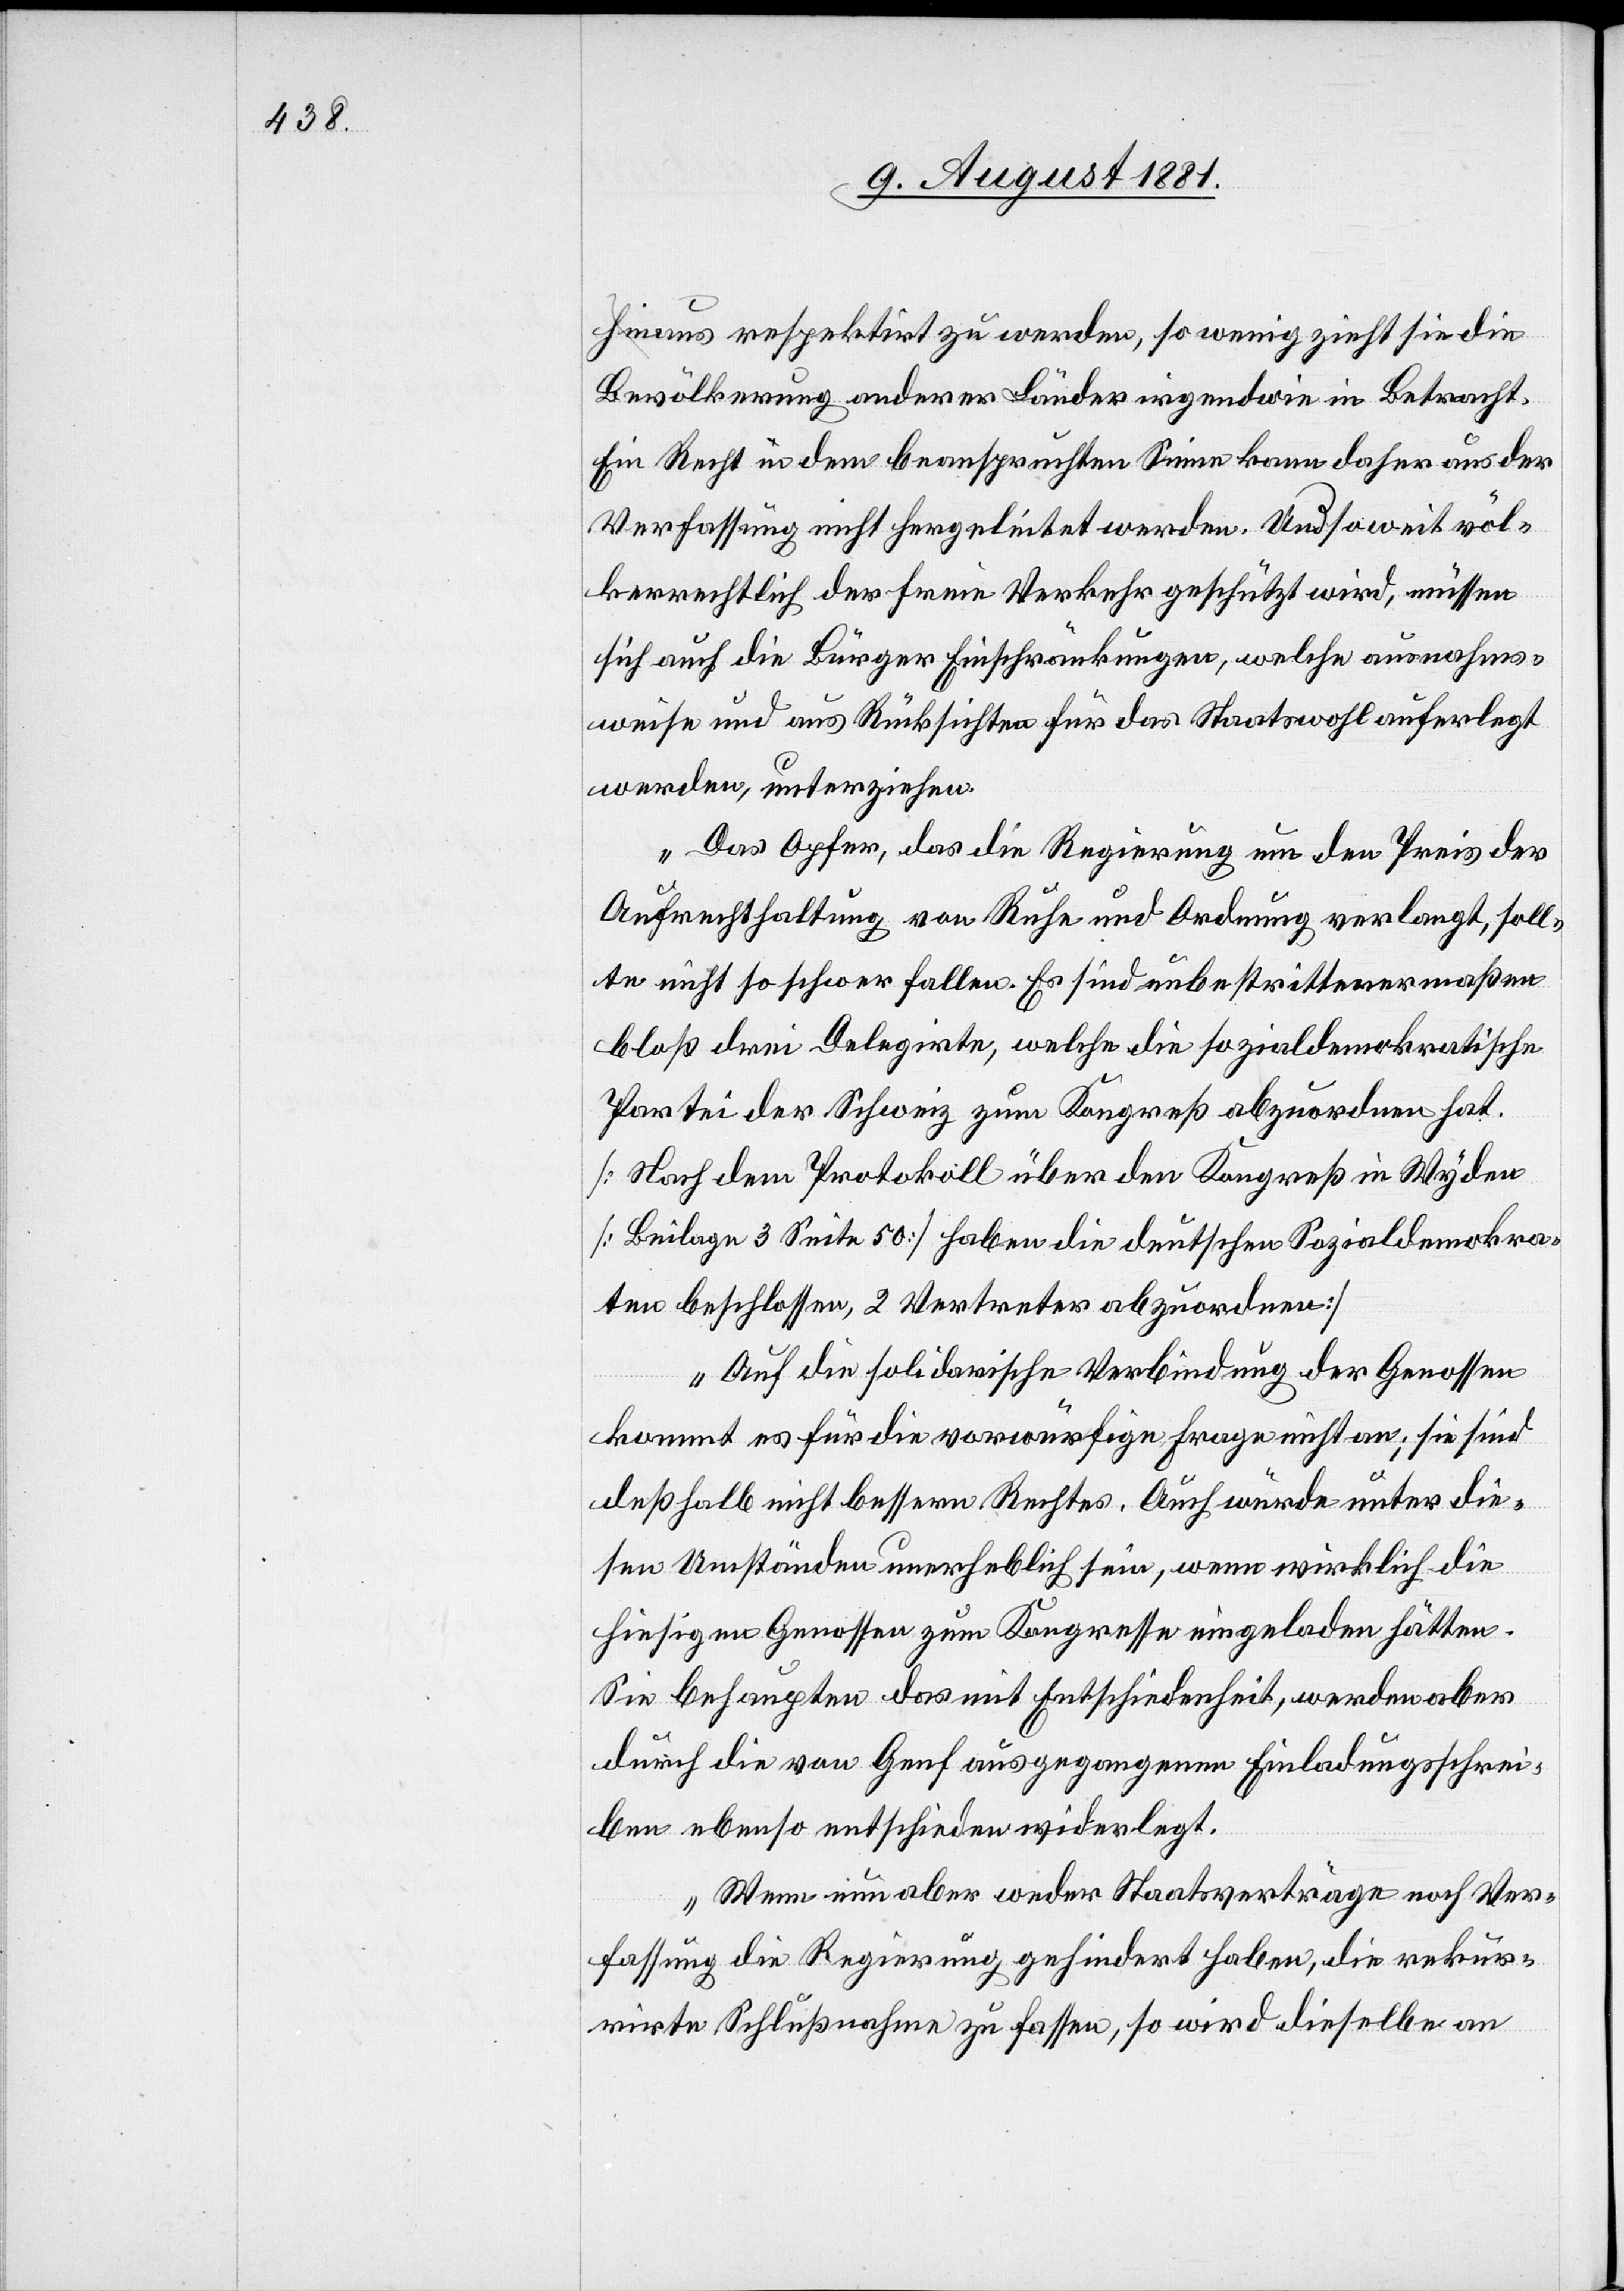
hinaus respektirt zu werden, so wenig zieht sie die
Bevölkerung anderer Länder irgendwie in Betracht.
Ein Recht in dem beanspruchten Sinne kann daher aus der
Verfassung nicht hergeleitet werden. Und soweit völ¬
kerrechtlich der freie Verkehr geschützt wird, müssen
sich auch die Bürger Einschränkungen, welche ausnahms¬
weise und aus Rücksichten für das Staatswohl auferlegt
werden, unterziehen.
Das Opfer, das die Regierung nun den Preis der
Aufrechterhaltung von Ruhe und Ordnung verlangt, soll¬
te nicht schon fallen. Es sind unbestrittenermaßen
bloß drei Delegirte, welche die sozialdemokratische
Partei der Schweiz zum Kongreß abzuordnen hat.
[Nach dem Protokoll über den Kongreß in Wyden
[Beilage 3 Seite 50] haben die deutschen Sozialdemokra¬
ten beschlossen, 2 Vertreter abzuordnen]
Auf die solidarische Verbindung der Genossen
kommt es für die vorwürfige Frage nicht an; sie sind
deßhalb nicht bessern Rechtes. Auch würde unter die¬
sen Umständen unerheblich sein, wenn wirklich die
hieseitigen Genossen zum Kongresse eingeladen hätten.
Sie behaupten das mit Entschiedenheit, werden aber
durch die von Genf ausgegangenen Einladungsschrei¬
ben ebenso entschieden wiederlegt.
Wenn nun aber weder Staatsverträge noch Ver¬
fassung die Regierung gehindert haben, die rekur¬
rirte Schlußnahme zu fassen, so wird dieselbe an